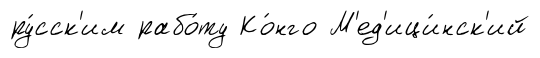
ру́сск'им рабо́ту Ко́нго М'ед'ици́нск'ий